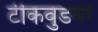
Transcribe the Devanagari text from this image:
टीकवुडवर